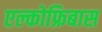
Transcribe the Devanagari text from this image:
एल्कोफ्रिबास